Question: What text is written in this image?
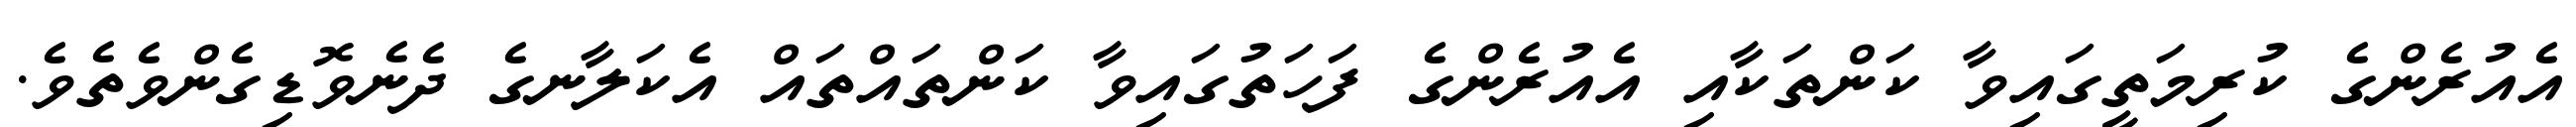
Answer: އެއުރެންގެ ކުރިމަތީގައިވާ ކަންތަކާއި އެއުރެންގެ ފަހަތުގައިވާ ކަންތައްތައް އެކަލާނގެ ދެނެވޮޑިގެންވެތެވެ.